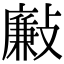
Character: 𣀃